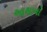
આશાનો